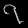
Digit: ၇